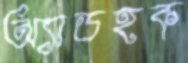
অ্যাডহক